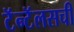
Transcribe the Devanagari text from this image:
टॅन्टॅलसची